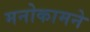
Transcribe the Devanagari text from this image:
मनोकामने